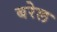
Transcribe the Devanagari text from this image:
बरेल